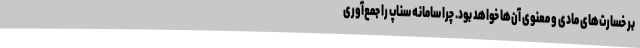
بر خسارت‌های مادی و معنوی آن‌ها خواهد بود. چرا سامانه سناپ را جمع‌آوری